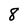
Character: 8